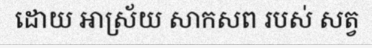
ដោយ ឤស្រ័យ សាកសព របស់ សត្វ